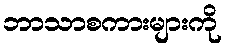
ဘာသာစကားများကို